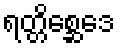
ရတ္တိစ္ဆေဒေ